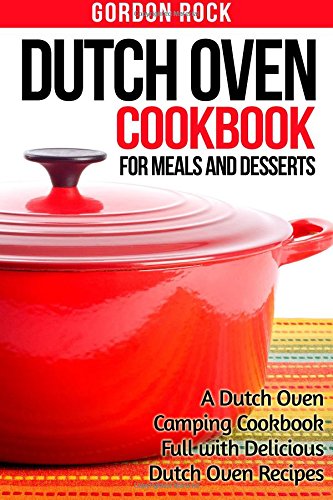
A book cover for Dutch Oven Cookbook for Meals and Desserts: A Dutch Oven Camping Cookbook Full with Delicious Dutch Oven Recipes; Gordon Rock; Cookbooks, Food & Wine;